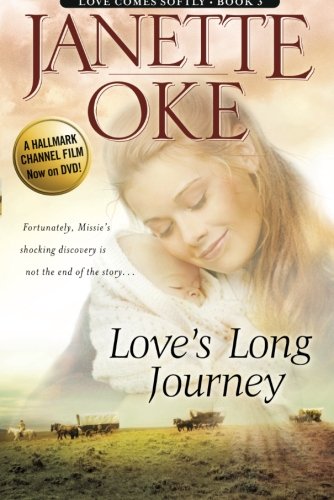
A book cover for Love's Long Journey (Love Comes Softly Series #3) (Volume 3); Janette Oke; Romance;